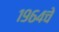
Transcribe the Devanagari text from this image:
१९६४चे